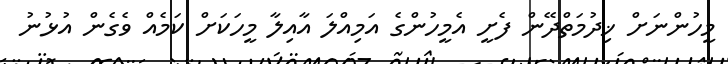
މީހުންނަށް ޚިދުމަތްދޭން ފެށީ އެމީހުންގެ އަމިއްލަ އާއިލާ މީހަކަށް ކަމެއް ވެގެން އުޅުނު